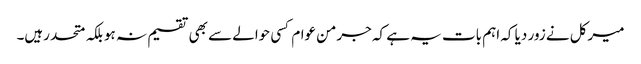
میرکل نے زور دیا کہ اہم بات یہ ہے کہ جرمن عوام کسی حوالے سے بھی تقسیم نہ ہو بلکہ متحد رہیں۔